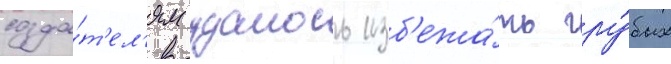
созда́т'ел'ям удалось изб'ежа́ть гру́бых